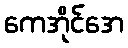
ကေအိုင်အေ